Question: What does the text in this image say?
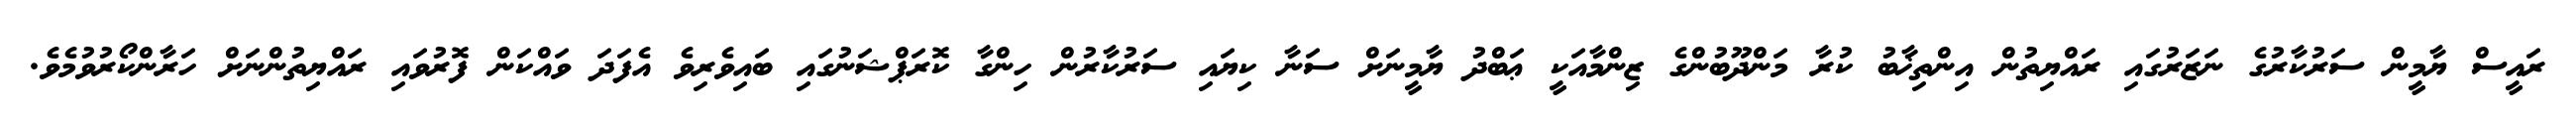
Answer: ރައީސް ޔާމީން ސަރުކާރުގެ ނަޒަރުގައި ރައްޔިތުން އިންތިޚާބު ކުރާ މަންދޫބުންގެ ޒިންމާއަކީ ޢަބްދު ޔާމީނަށް ސަނާ ކިޔައި ސަރުކާރުން ހިންގާ ކޮރަޕްޝަނުގައި ބައިވެރިވެ އެފަދަ ވައްކަން ފޮރުވައި ރައްޔިތުންނަށް ހަރާންކޯރުވުމެވެ.